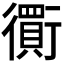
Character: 𧘃